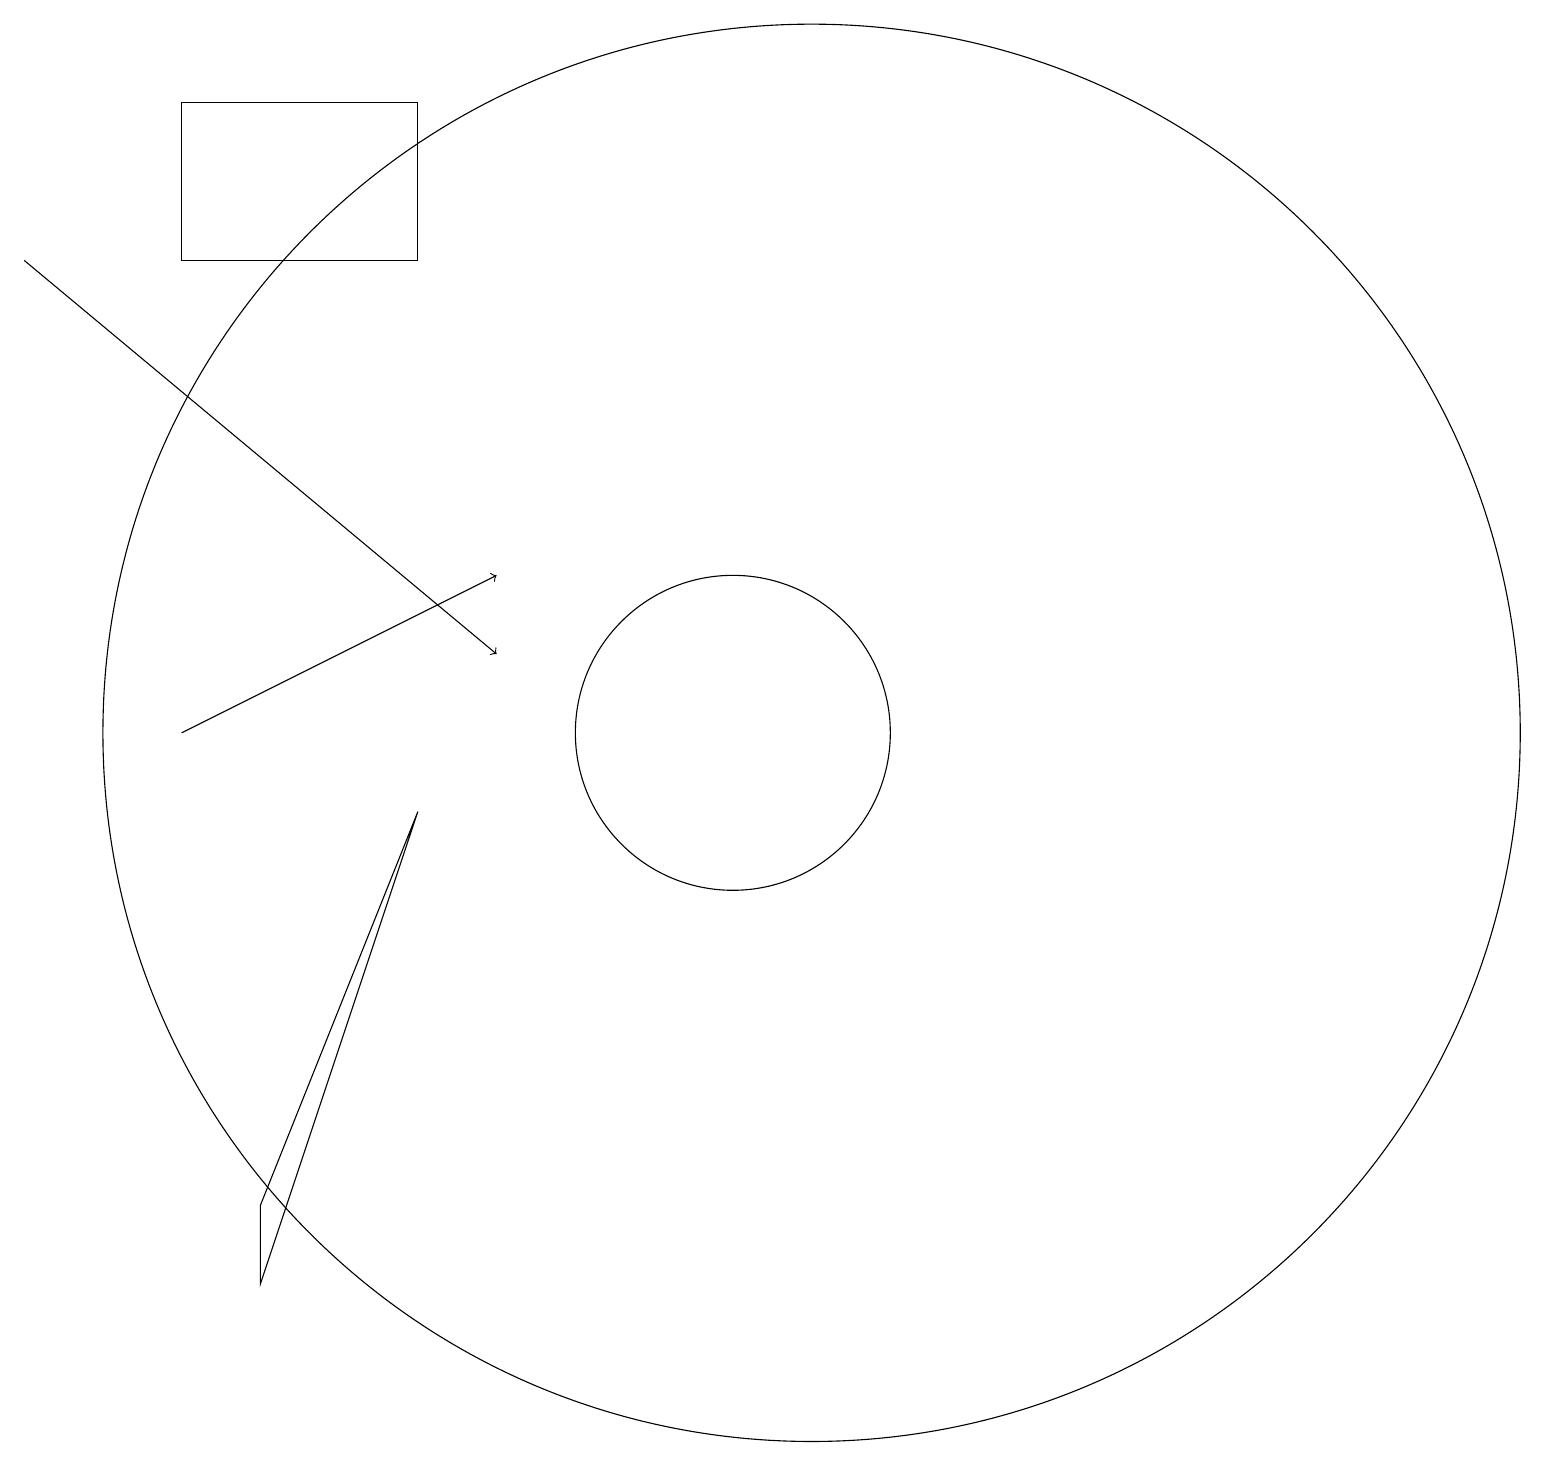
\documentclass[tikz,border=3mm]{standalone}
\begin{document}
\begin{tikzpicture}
\draw (4,18) rectangle (7,16);
\draw (12,10) circle (9);
\draw (11,10) circle (2);
\draw (5,4) -- (5,3) -- (7,9) -- cycle;
\draw[->] (2,16) -- (8,11);
\draw[->] (4,10) -- (8,12);
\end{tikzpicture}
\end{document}